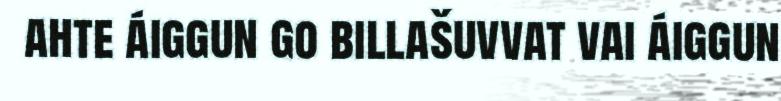
ahte áiggun go billašuvvat vai áiggun